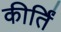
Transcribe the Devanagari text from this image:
कीर्तिं